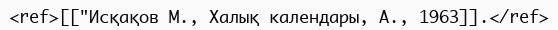
<ref>[["Исқақов М., Халық календары, А., 1963]].</ref>